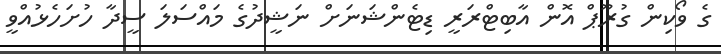
ގެ ވޯކިން ގުރޫޕް އޮން އާބިޓްރަރީ ޑިޓެންޝަނަށް ނަޝީދުގެ މައްސަލަ ސީދާ ހުށަހެޅުއްވީ